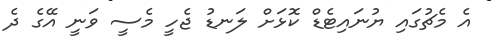
އެ މެޗުގައި ޔުނައިޓެޑް ކޮޅަށް ލަނޑު ޖެހީ މެސީ ވަނީ އޭގެ ދެ